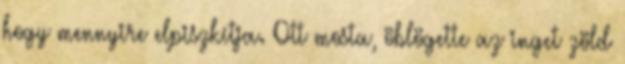
hogy mennyire elpiszkítja. Ott mosta, öblögette az inget zöld